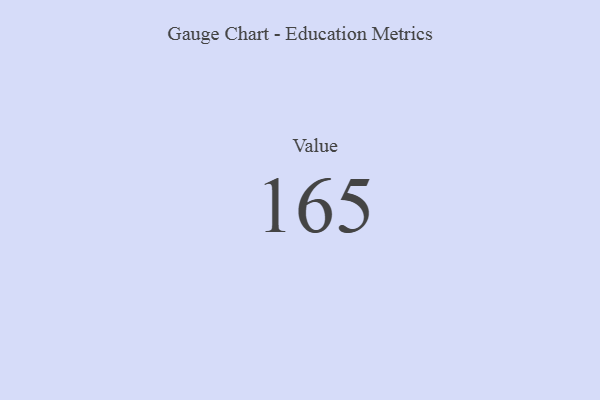
{"axis": {"x": "Metric", "y": "Value"}, "legend": [""], "data": [{"x": "Value", "y": 165, "type": ""}]}